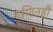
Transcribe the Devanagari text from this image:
गणितही